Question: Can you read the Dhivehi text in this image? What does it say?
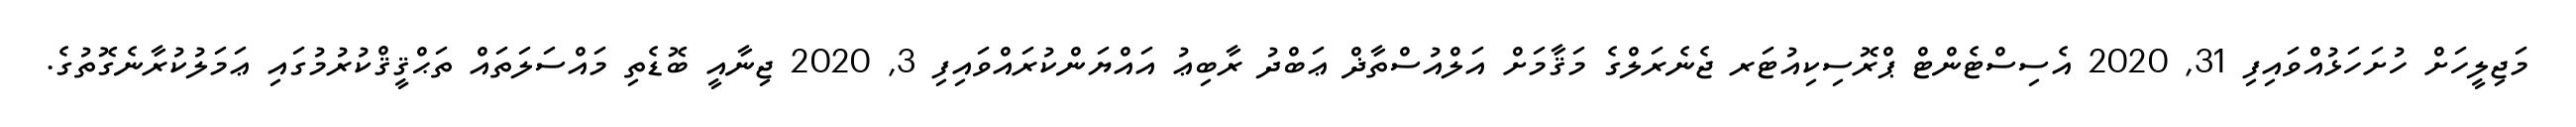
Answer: މަޖިލީހަށް ހުށަހަޅުއްވައިފި 31, 2020 އެސިސްޓެންޓް ޕްރޮސިކިއުޓަރ ޖެނެރަލްގެ މަޤާމަށް އަލްއުސްތާޛް ޢަބްދު ރާބިޢު އައްޔަންކުރައްވައިފި 3, 2020 ޖިނާއީ ބޮޑެތި މައްސަލަތައް ތަޙްޤީޤްކުރުމުގައި ޢަމަލުކުރާނެގޮތުގެ.